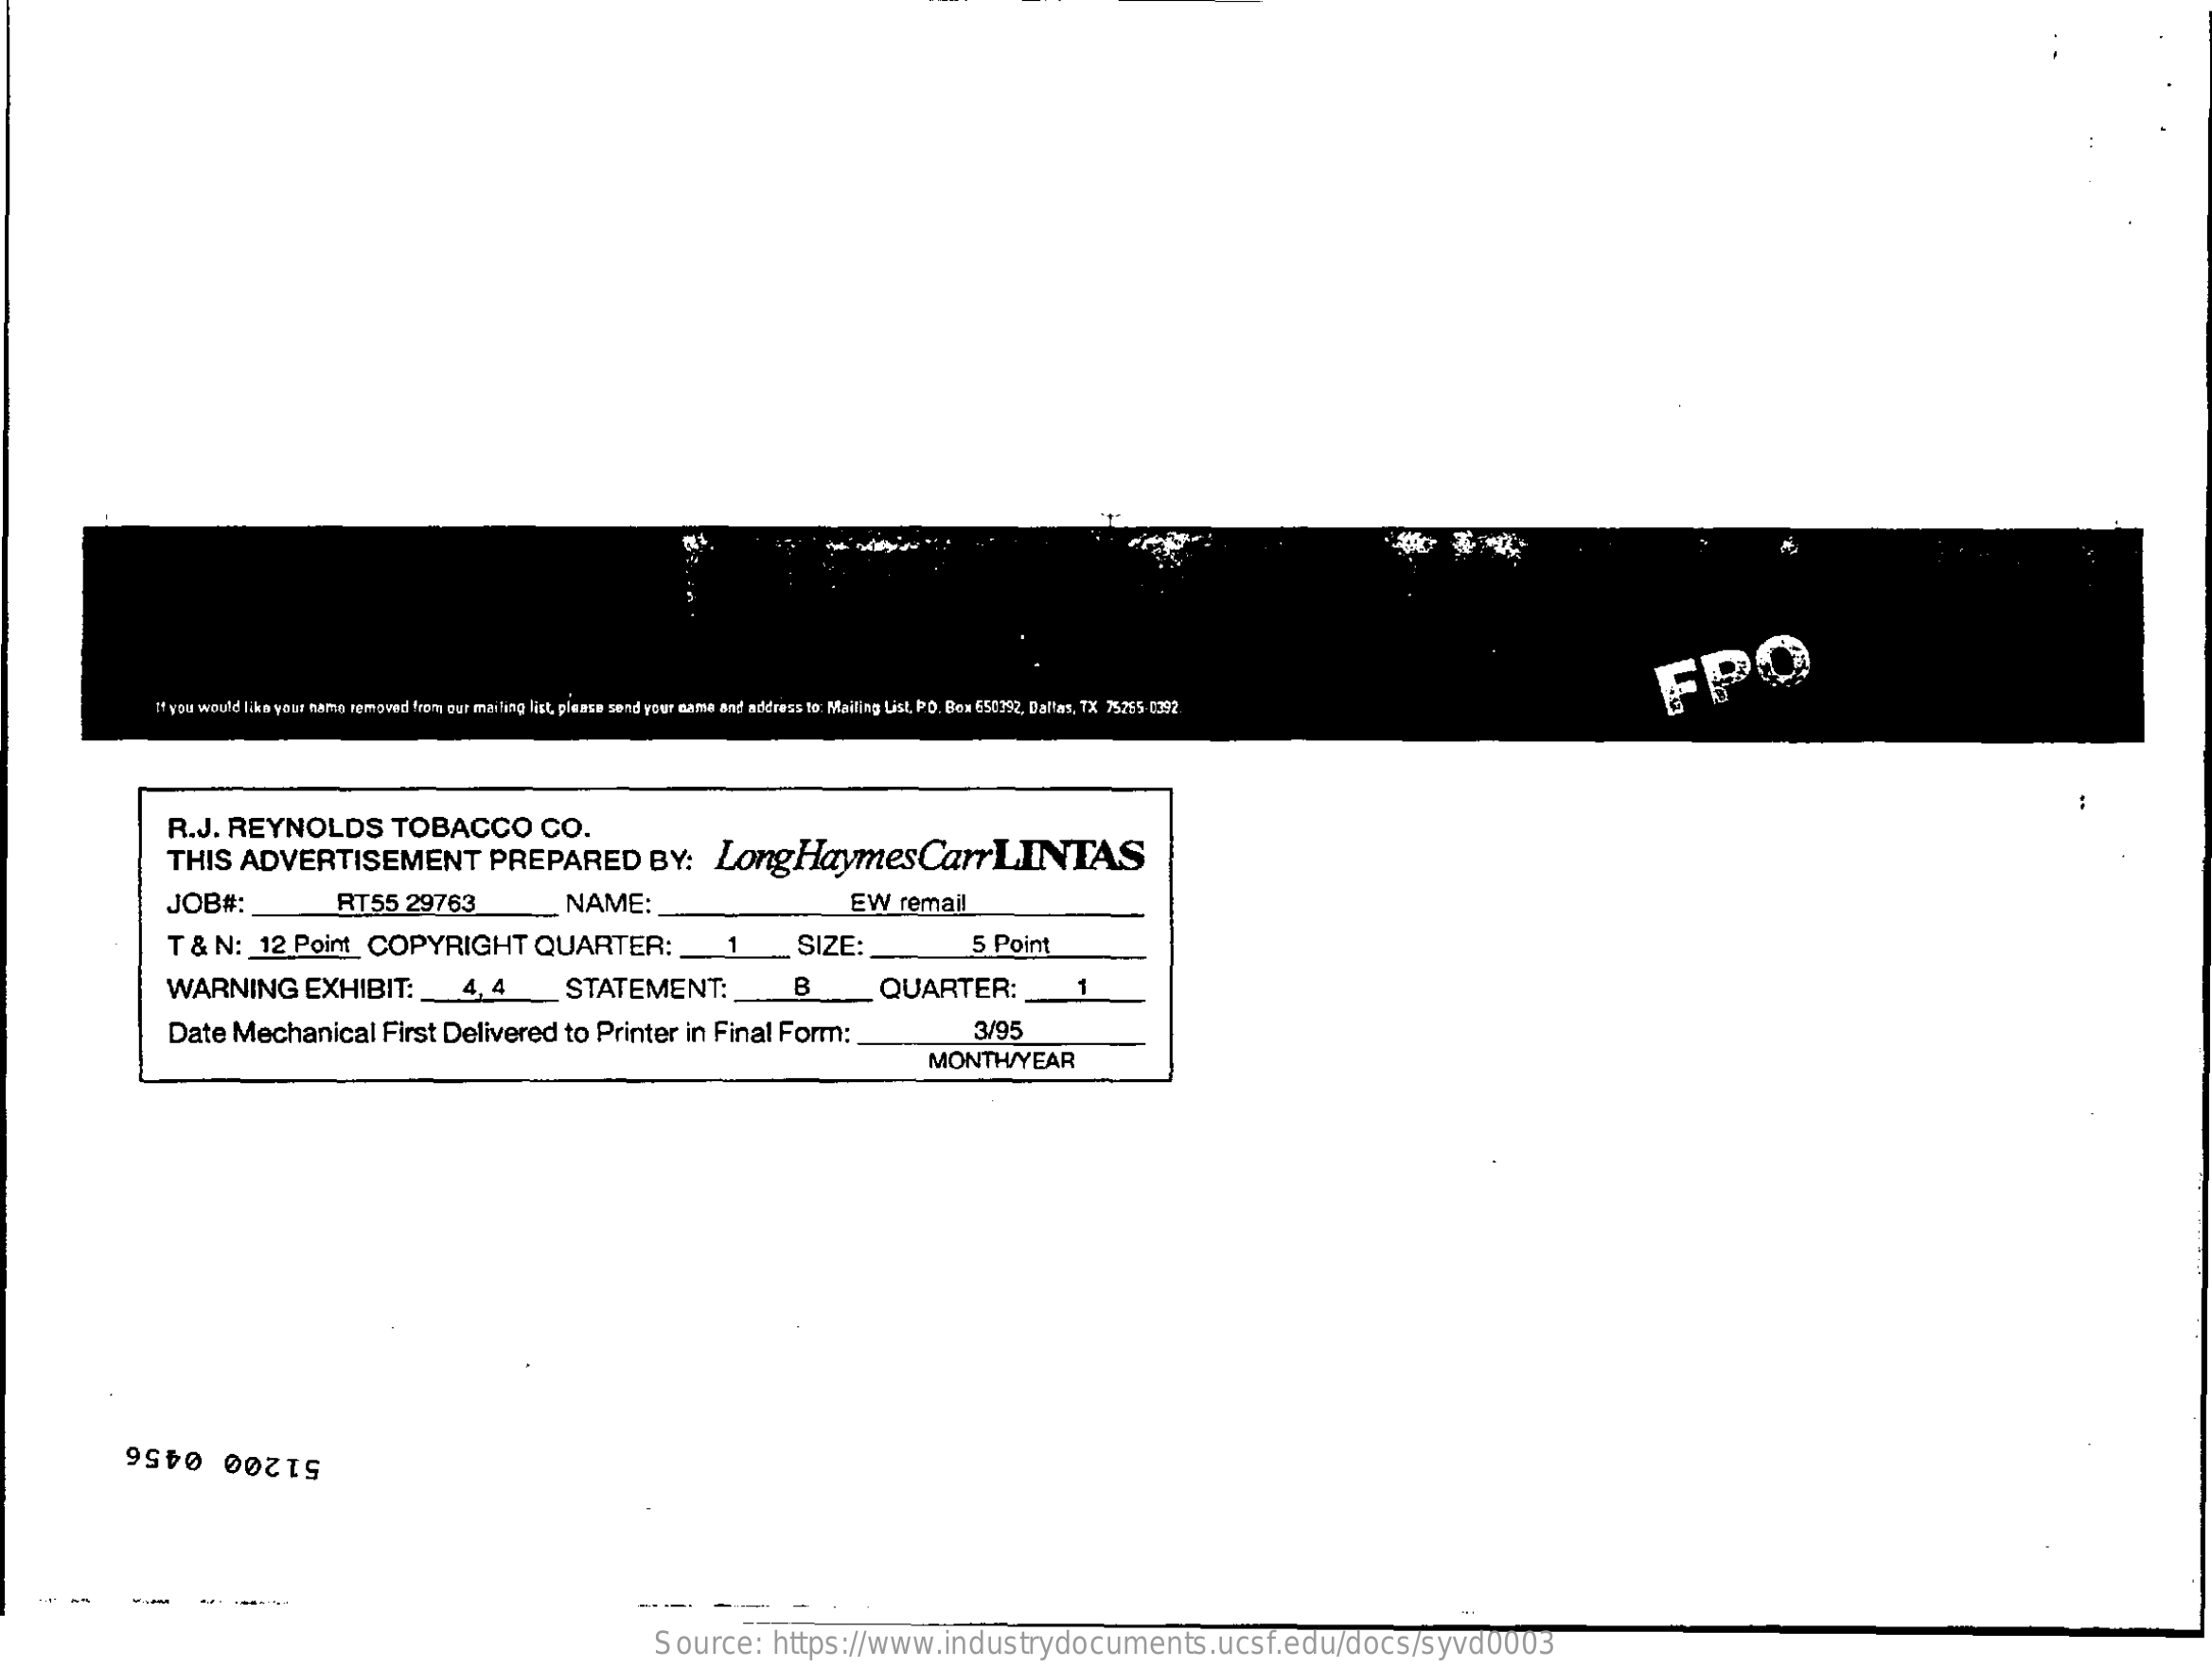
FPO
     If you would like your home removed from our mailing list, please send your name and address to Mailing List, P.O. Box 650392, Dallas, TX 75255-0392.
     R.J.   REYNOLDS    TOBACCO    CO.
     THIS    ADVERTISEMENT    PREPARED    BY:    Long    HaymesCarrLINTAS
     JOB#:    RT55    29763    NAME:    EW   remail
     T &  N:    12  Point    COPYRIGHT    QUARTER:    1    SIZE:    5 Point
     WARNING    EXHIBIT:    4,4    STATEMENT:    B    QUARTER:    1
     Date    Mechanical    First  Delivered    to  Printer   in  Final   Form:    3/95
     MONTH/YEAR
     51200 0456
     Source:    https://www.industrydocuments.ucsf.edu/docs/syvd0003